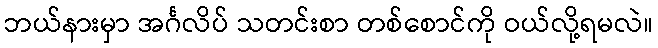
ဘယ်နားမှာ အင်္ဂလိပ် သတင်းစာ တစ်စောင်ကို ဝယ်လို့ရမလဲ။